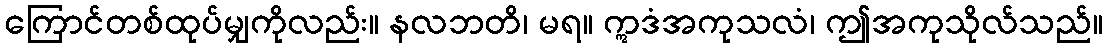
ကြောင်တစ်ထုပ်မျှကိုလည်း။ နလဘတိ၊ မရ။ ဣဒံအကုသလံ၊ ဤအကုသိုလ်သည်။